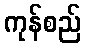
ကုန်စည်